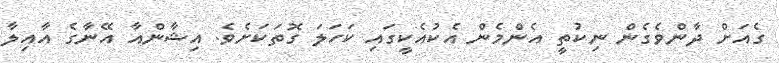
ގެއަށް ދާންވެގެން ނިކުތީ އެންމެން އެކުއެކީގައި ކަހަލަ ގޮތަކަށެވެ. އިޝާންއާ އޭނާގެ އާއިލާ